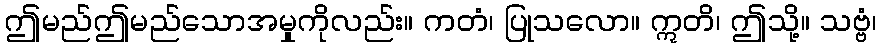
ဤမည်ဤမည်သောအမှုကိုလည်း။ ကတံ၊ ပြုသလော။ ဣတိ၊ ဤသို့။ သဗ္ဗံ၊